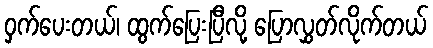
ဝှက်ပေးတယ်၊ ထွက်ပြေးပြီလို့ ပြောလွှတ်လိုက်တယ်